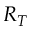
R _ { T }